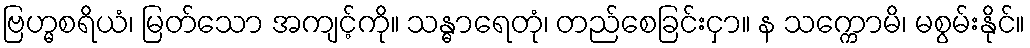
ဗြဟ္မစရိယံ၊ မြတ်သော အကျင့်ကို။ သန္ဓာရေတုံ၊ တည်စေခြင်းငှာ။ န သက္ကောမိ၊ မစွမ်းနိုင်။